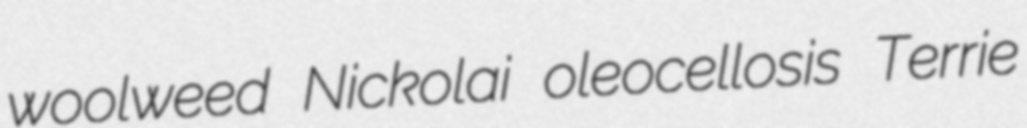
woolweed Nickolai oleocellosis Terrie